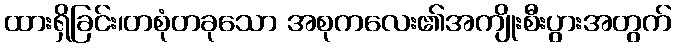
ထားရှိခြင်း၊တစုံတခုသော အစုကလေး၏အကျိုးစီးပွားအတွက်